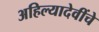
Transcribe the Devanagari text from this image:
अहिल्यादेवींचे